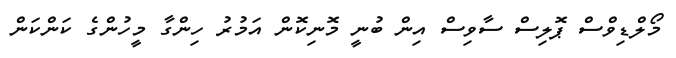
މޯލްޑިވްސް ޕޮލިސް ސާވިސް އިން ބުނީ މޮނިކޮން އަމުރު ހިންގާ މީހުންގެ ކަންކަން